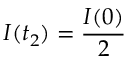
I ( t _ { 2 } ) = \frac { I ( 0 ) } { 2 }